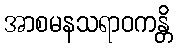
အာစမနသရာဝကန္တိ